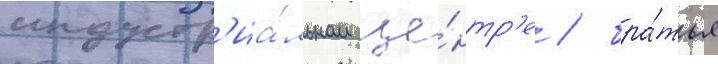
индустр'иа́льном це́нтр'е / бра́тья